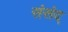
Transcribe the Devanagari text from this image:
संसंद्